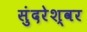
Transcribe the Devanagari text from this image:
सुंदरेश्‍वर